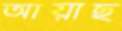
আয়াছ